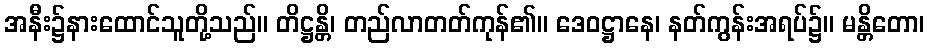
အနီး၌နားထောင်သူတို့သည်။ တိဋ္ဌန္တိ၊ တည်လာတတ်ကုန်၏။ ဒေဝဋ္ဌာနေ၊ နတ်ကွန်းအရပ်၌။ မန္တိတော၊